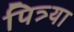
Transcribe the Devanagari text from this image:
पित्र्या